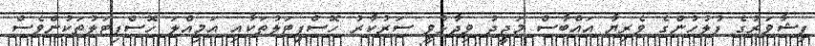
ޕިޝާވަރުގެ ފުލުހުންގެ ވެރިޔާ އައްބާސް މަޖީދު ވިދާޅުވީ ސަރުކާރު ހޮސްޕިޓަލުތަކާއި އަމިއްލަ ހޮސްޕިޓަލުތަކުންވެސް